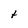
Character: t